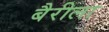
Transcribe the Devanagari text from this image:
बैरीला